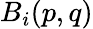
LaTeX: B_{i}(p,q)